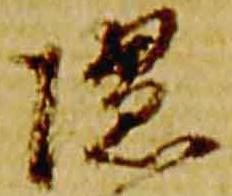
隠